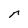
Character: r